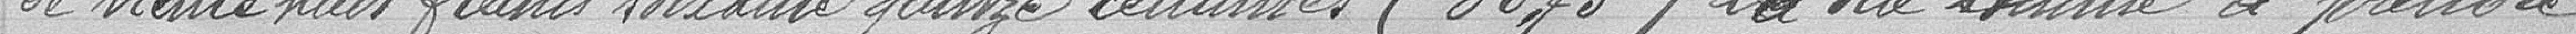
de trente huit francs soixante quinze centimes (38.75) la dite somme à prendre